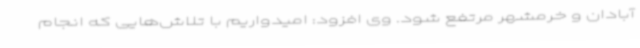
آبادان و خرمشهر مرتفع شود. وی افزود: امیدواریم با تلاش‌هایی که انجام